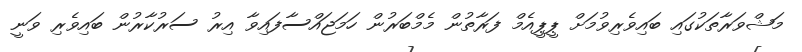
މަޝްވަރާތަކުގައި ބައިވެރިވުމަށް ޕީޕީއެމް ފަރާތުން މެމްބަރުން ހަމަޖައްސާފައިވާ އިރު ސަރުކާރުން ބައިވެރި ވަނީ